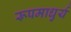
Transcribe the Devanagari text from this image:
रूपमाधुर्य